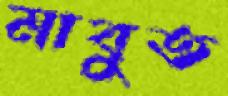
মাবুত